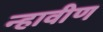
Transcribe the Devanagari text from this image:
न्हावीण